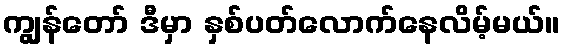
ကျွန်တော် ဒီမှာ နှစ်ပတ်လောက်နေလိမ့်မယ်။